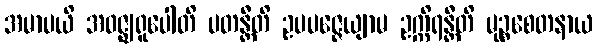
အမာပယိ အဝဇ္ဈရူပေါတိ ပတန္တီတိ ဥပပဇ္ဇေယျာမ ဥက္ကိရန္တီတိ မုဉ္စစေတနာယ